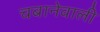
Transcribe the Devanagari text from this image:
चबानेवाली